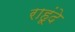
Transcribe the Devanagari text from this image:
राहूंदे